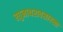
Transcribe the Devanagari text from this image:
रघुनाथरावसारखा